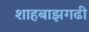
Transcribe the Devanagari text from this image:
शाहबाझगढी